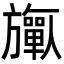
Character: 𬀟